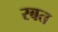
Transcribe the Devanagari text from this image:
रबत